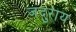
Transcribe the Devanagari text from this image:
जदुराय